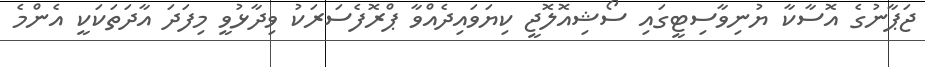
ޖަޕާނުގެ އޮސާކާ ޔުނިވާސިޓީގައި ސޯޝިއޮލޮޖީ ކިޔަވައިދެއްވާ ޕްރޮފެސަރަކު ވިދާޅުވީ މިފަދަ އާދަތަކަކީ އެންމެ